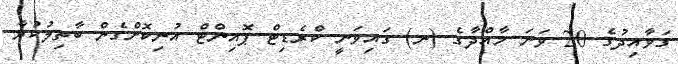
ގަވާއިދުގެ 20 ވަނަ މާއްދާގެ (ނ) ގައިވަނީ ކްރެޑިޓް ޕޮއިންޓް އުނިކޮށްގެން ބާތިލުކުރާ